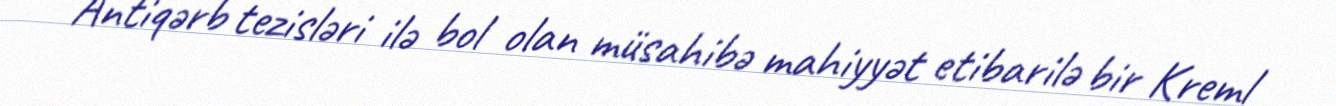
Antiqərb tezisləri ilə bol olan müsahibə mahiyyət etibarilə bir Kreml